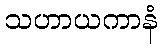
သဟာယကာနံ